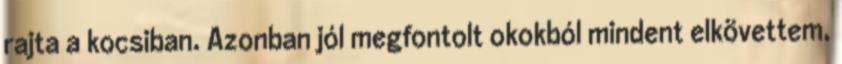
rajta a kocsiban. Azonban jól megfontolt okokból mindent elkövettem,